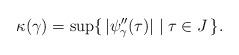
LaTeX: \begin{align*}\kappa(\gamma)=\sup\{\,|\psi''_{\gamma}(\tau)|\mid \tau\in J\,\}.\end{align*}